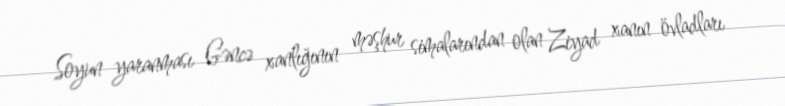
Soyun yaranması Gəncə xanlığının məşhur simalarından olan Ziyad xanın övladları